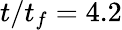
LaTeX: t/t_{f}=4.2